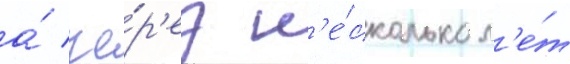
а́ че́р'ез н'е́сколько л'е́т